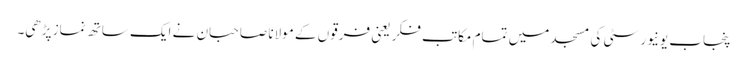
پنجاب یونیورسٹی کی مسجد میں تمام مکاتب فکر یعنی فرقوں کے مولانا صاحبان نے ایک ساتھ نماز پڑھی۔